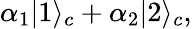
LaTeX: \alpha_{1}|1\rangle_{c}+\alpha_{2}|2\rangle_{c},